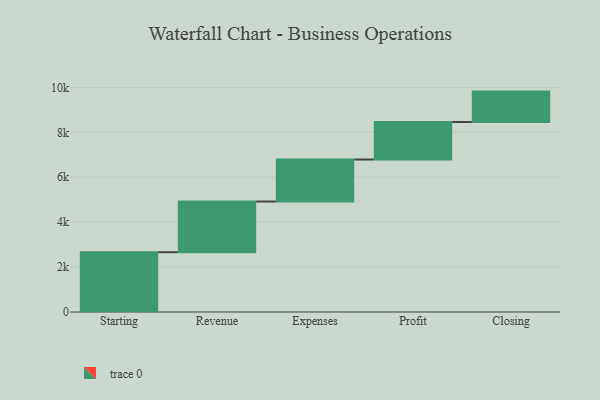
{"axis": {"x": "Step", "y": "Value"}, "legend": [""], "data": [{"x": "Starting", "y": 2663.0, "type": ""}, {"x": "Revenue", "y": 2256.0, "type": ""}, {"x": "Expenses", "y": 1871.0, "type": ""}, {"x": "Profit", "y": 1669.0, "type": ""}, {"x": "Closing", "y": 1354.0, "type": ""}]}